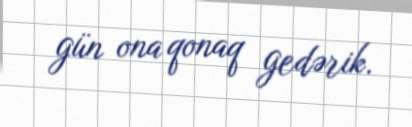
gün ona qonaq gedərik.